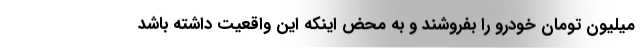
میلیون تومان خودرو را بفروشند و به محض اینکه این واقعیت داشته باشد